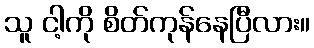
သူ ငါ့ကို စိတ်ကုန်နေပြီလား။